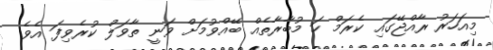
މިއަހަރު ރާއްޖޭގައި ކެރަމް ހަ މުބާރާތެއް ބޭއްވުމަށް ވަނީ ތާވަލް ކުރެވިފަ އެވެ.